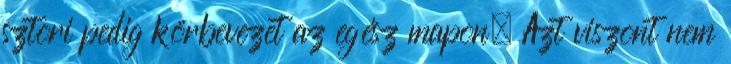
sztori pedig körbevezet az egész mapon. Azt viszont nem